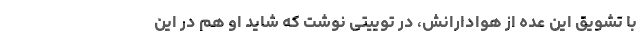
با تشویق این عده از هوادارانش، در توییتی نوشت که شاید او هم در این